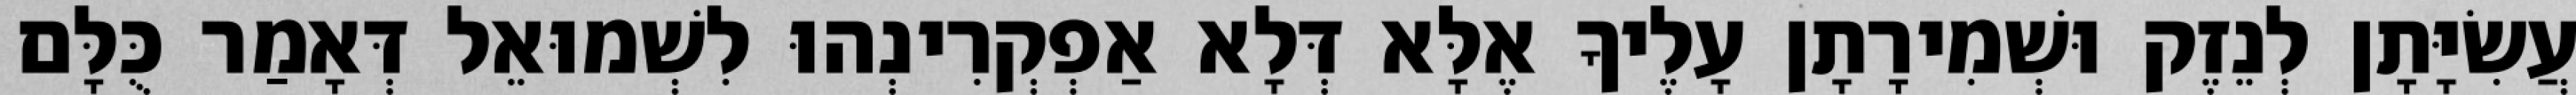
עֲשִׂיָּתָן לְנֵזֶק וּשְׁמִירָתָן עָלֶיךָ אֶלָּא דְּלָא אַפְקְרִינְהוּ לִשְׁמוּאֵל דְּאָמַר כֻּלָּם